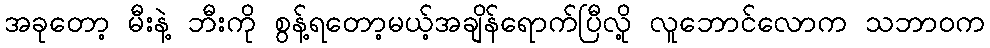
အခုတော့ မီးနဲ့ ဘီးကို စွန့်ရတော့မယ့်အချိန်ရောက်ပြီလို့ လူဘောင်လောက သဘာဝက